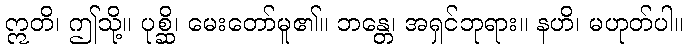
ဣတိ၊ ဤသို့။ ပုစ္ဆိ၊ မေးတော်မူ၏။ ဘန္တေ၊ အရှင်ဘုရား။ နဟိ၊ မဟုတ်ပါ။